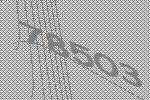
78503